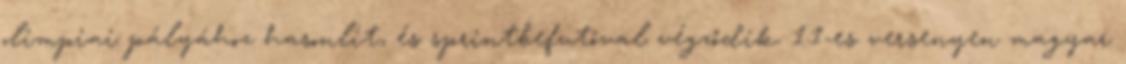
olimpiai pályához hasonlít, és sprintbefutóval végződik. 1.1-es versenyen magyar